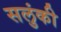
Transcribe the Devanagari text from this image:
सलुंकी